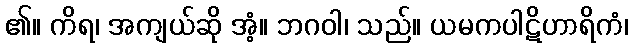
၏။ ကိရ၊ အကျယ်ဆို အံ့။ ဘဂဝါ၊ သည်။ ယမကပါဋိဟာရိကံ၊